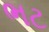
ભટ